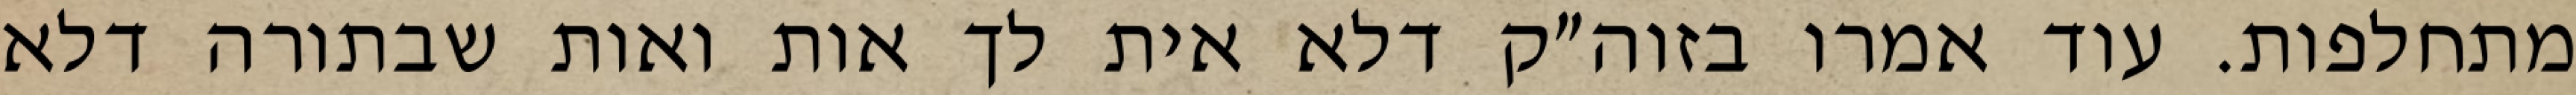
מתחלפות. עוד אמרו בזוה״ק דלא אית לך אות ואות שבתורה דלא